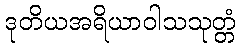
ဒုတိယအရိယာဝါသသုတ္တံ